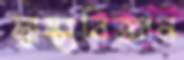
স্বাস্থ্যবিজ্ঞান